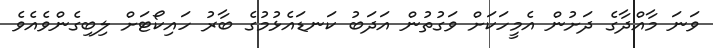
ވަނަ މާއްދާގެ ދަށުން އެމީހަކަށް ވަގުތުން އަދަބު ކަނޑައެޅުމުގެ ބާރު ހައިކޯޓަށް ލިބިގެންވެއެވެ